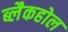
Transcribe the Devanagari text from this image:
ब्लैकहोल